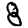
Digit: 8